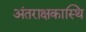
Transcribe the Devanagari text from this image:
अंतराक्षकास्थि